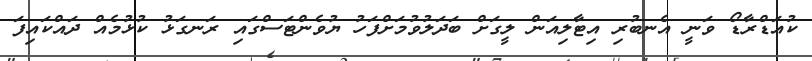
ކުއަޑްރާޑޯ ވަނީ އެނބުރި އިޓާލިއަން ލީގަށް ބަދަލުވުމަށްފަހު ޔުވެންޓަސްގައި ރަނގަޅު ކުޅުމެއް ދައްކައިފަ